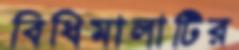
বিধিমালাটির